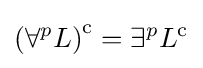
\left(\forall ^{p}L\right)^{\rm {c}}=\exists ^{p}L^{\rm {c}}